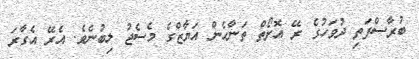
ބުރާސްފަތި ދުވަހުގެ ރޭ އޮށޯތް ތަނާހެން އަޔާޒްގެ މެސެޖު ލިބުނެވެ. އެރޭ އެގާރަ